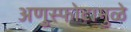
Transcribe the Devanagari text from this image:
अणुस्फोटामुळे